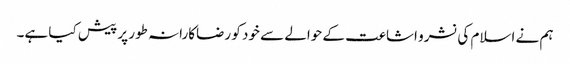
ہم نے اسلام کی نشرو اشاعت کے حوالے سے خود کو رضاکارانہ طور پر پیش کیا ہے۔